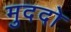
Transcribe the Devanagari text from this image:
मुददो